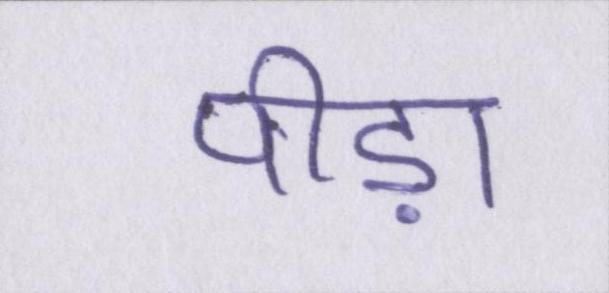
पीड़ा